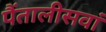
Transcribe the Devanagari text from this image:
पैंतालीसवां